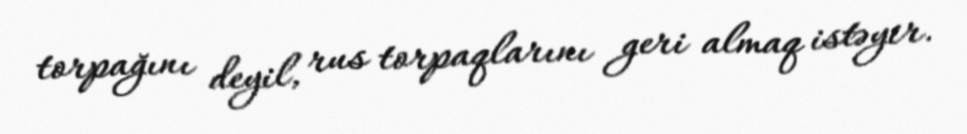
torpağını deyil, rus torpaqlarını geri almaq istəyir.